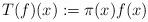
LaTeX: \begin{align*}T(f)(x):=\pi(x)f(x)\end{align*}